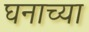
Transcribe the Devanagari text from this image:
घनाच्या